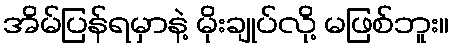
အိမ်ပြန်ရမှာနဲ့ မိုးချုပ်လို့ မဖြစ်ဘူး။